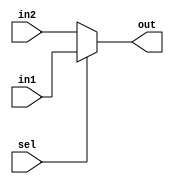
//RTL (use continuous assignment)

module mux2(out,in1,in2,sel);
    output out;
    input  in1, in2, sel;
    assign out = sel ? in1 :in2;
endmodule

module alu_rtl(
    ctrl,
    x,
    y,
    carry,
    out
);
//==== IN/OUT DECLARATION =========================
    input  [3:0] ctrl;
    input  [7:0] x;
    input  [7:0] y;
    output       carry;
    output [7:0] out;

//==== REG/WIRE DECLARATION ======================
    wire  [8:0]  temp,tempX,tempY;

    assign tempX = {x[7],x[7:0]};
    assign tempY = {y[7],y[7:0]};

    assign temp  =  (ctrl == 4'b0000) ? tempX + tempY :
                    (ctrl == 4'b0001) ? tempX - tempY : 9'b000000000;
    //assign carry = (temp[8] != temp[7]) ? 1 : 0;
    assign carry = temp[8];
    assign out   = (ctrl == 4'b0000  || ctrl == 4'b0001) ? temp[7:0] :
                   (ctrl == 4'b0010) ? (x & y)            :
                   (ctrl == 4'b0011) ? (x | y)            :
                   (ctrl == 4'b0100) ? (~ x)              :
                   (ctrl == 4'b0101) ? (x ^ y)            :
                   (ctrl == 4'b0110) ? ~(x | y)           :
                   (ctrl == 4'b0111) ? (y << x[2:0])      :
                   (ctrl == 4'b1000) ? (y >> x[2:0])      :
                   (ctrl == 4'b1001) ? {x[7],x[7:1]}      :
                   (ctrl == 4'b1010) ? {x[6:0],x[7]}      :
                   (ctrl == 4'b1011) ? {x[0],x[7:1]}      :
                   (ctrl == 4'b1100) ? ((x == y) ? 1 : 0) : 0;

endmodule